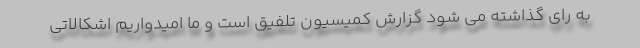
به رای گذاشته می شود گزارش کمیسیون تلفیق است و ما امیدواریم اشکالاتی